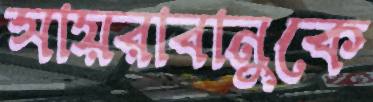
সায়রাবানুকে